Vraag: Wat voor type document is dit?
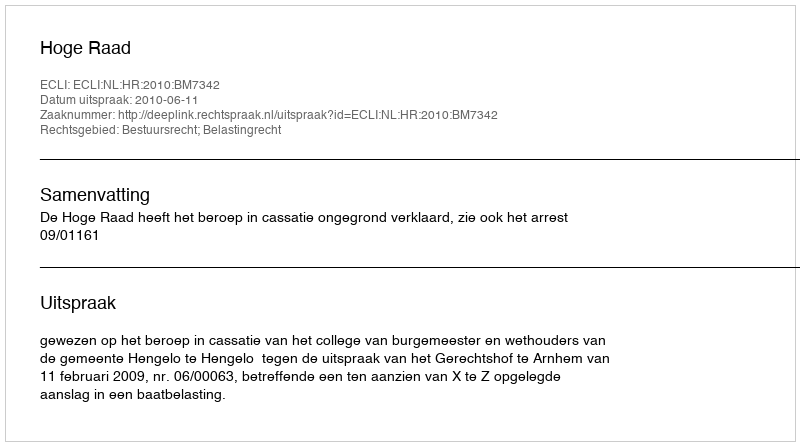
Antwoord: Uitspraak